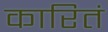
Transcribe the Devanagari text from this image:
कारितं